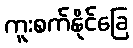
ကူးစက်နိုင်ခြေ